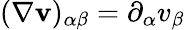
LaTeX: (\nabla\mathbf{v})_{\alpha\beta}=\partial_{\alpha}v_{\beta}